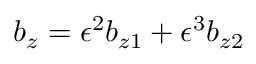
b _ { z } = \epsilon ^ { 2 } b _ { z 1 } + \epsilon ^ { 3 } b _ { z 2 }